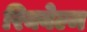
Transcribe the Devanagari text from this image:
रिक्वेल्म